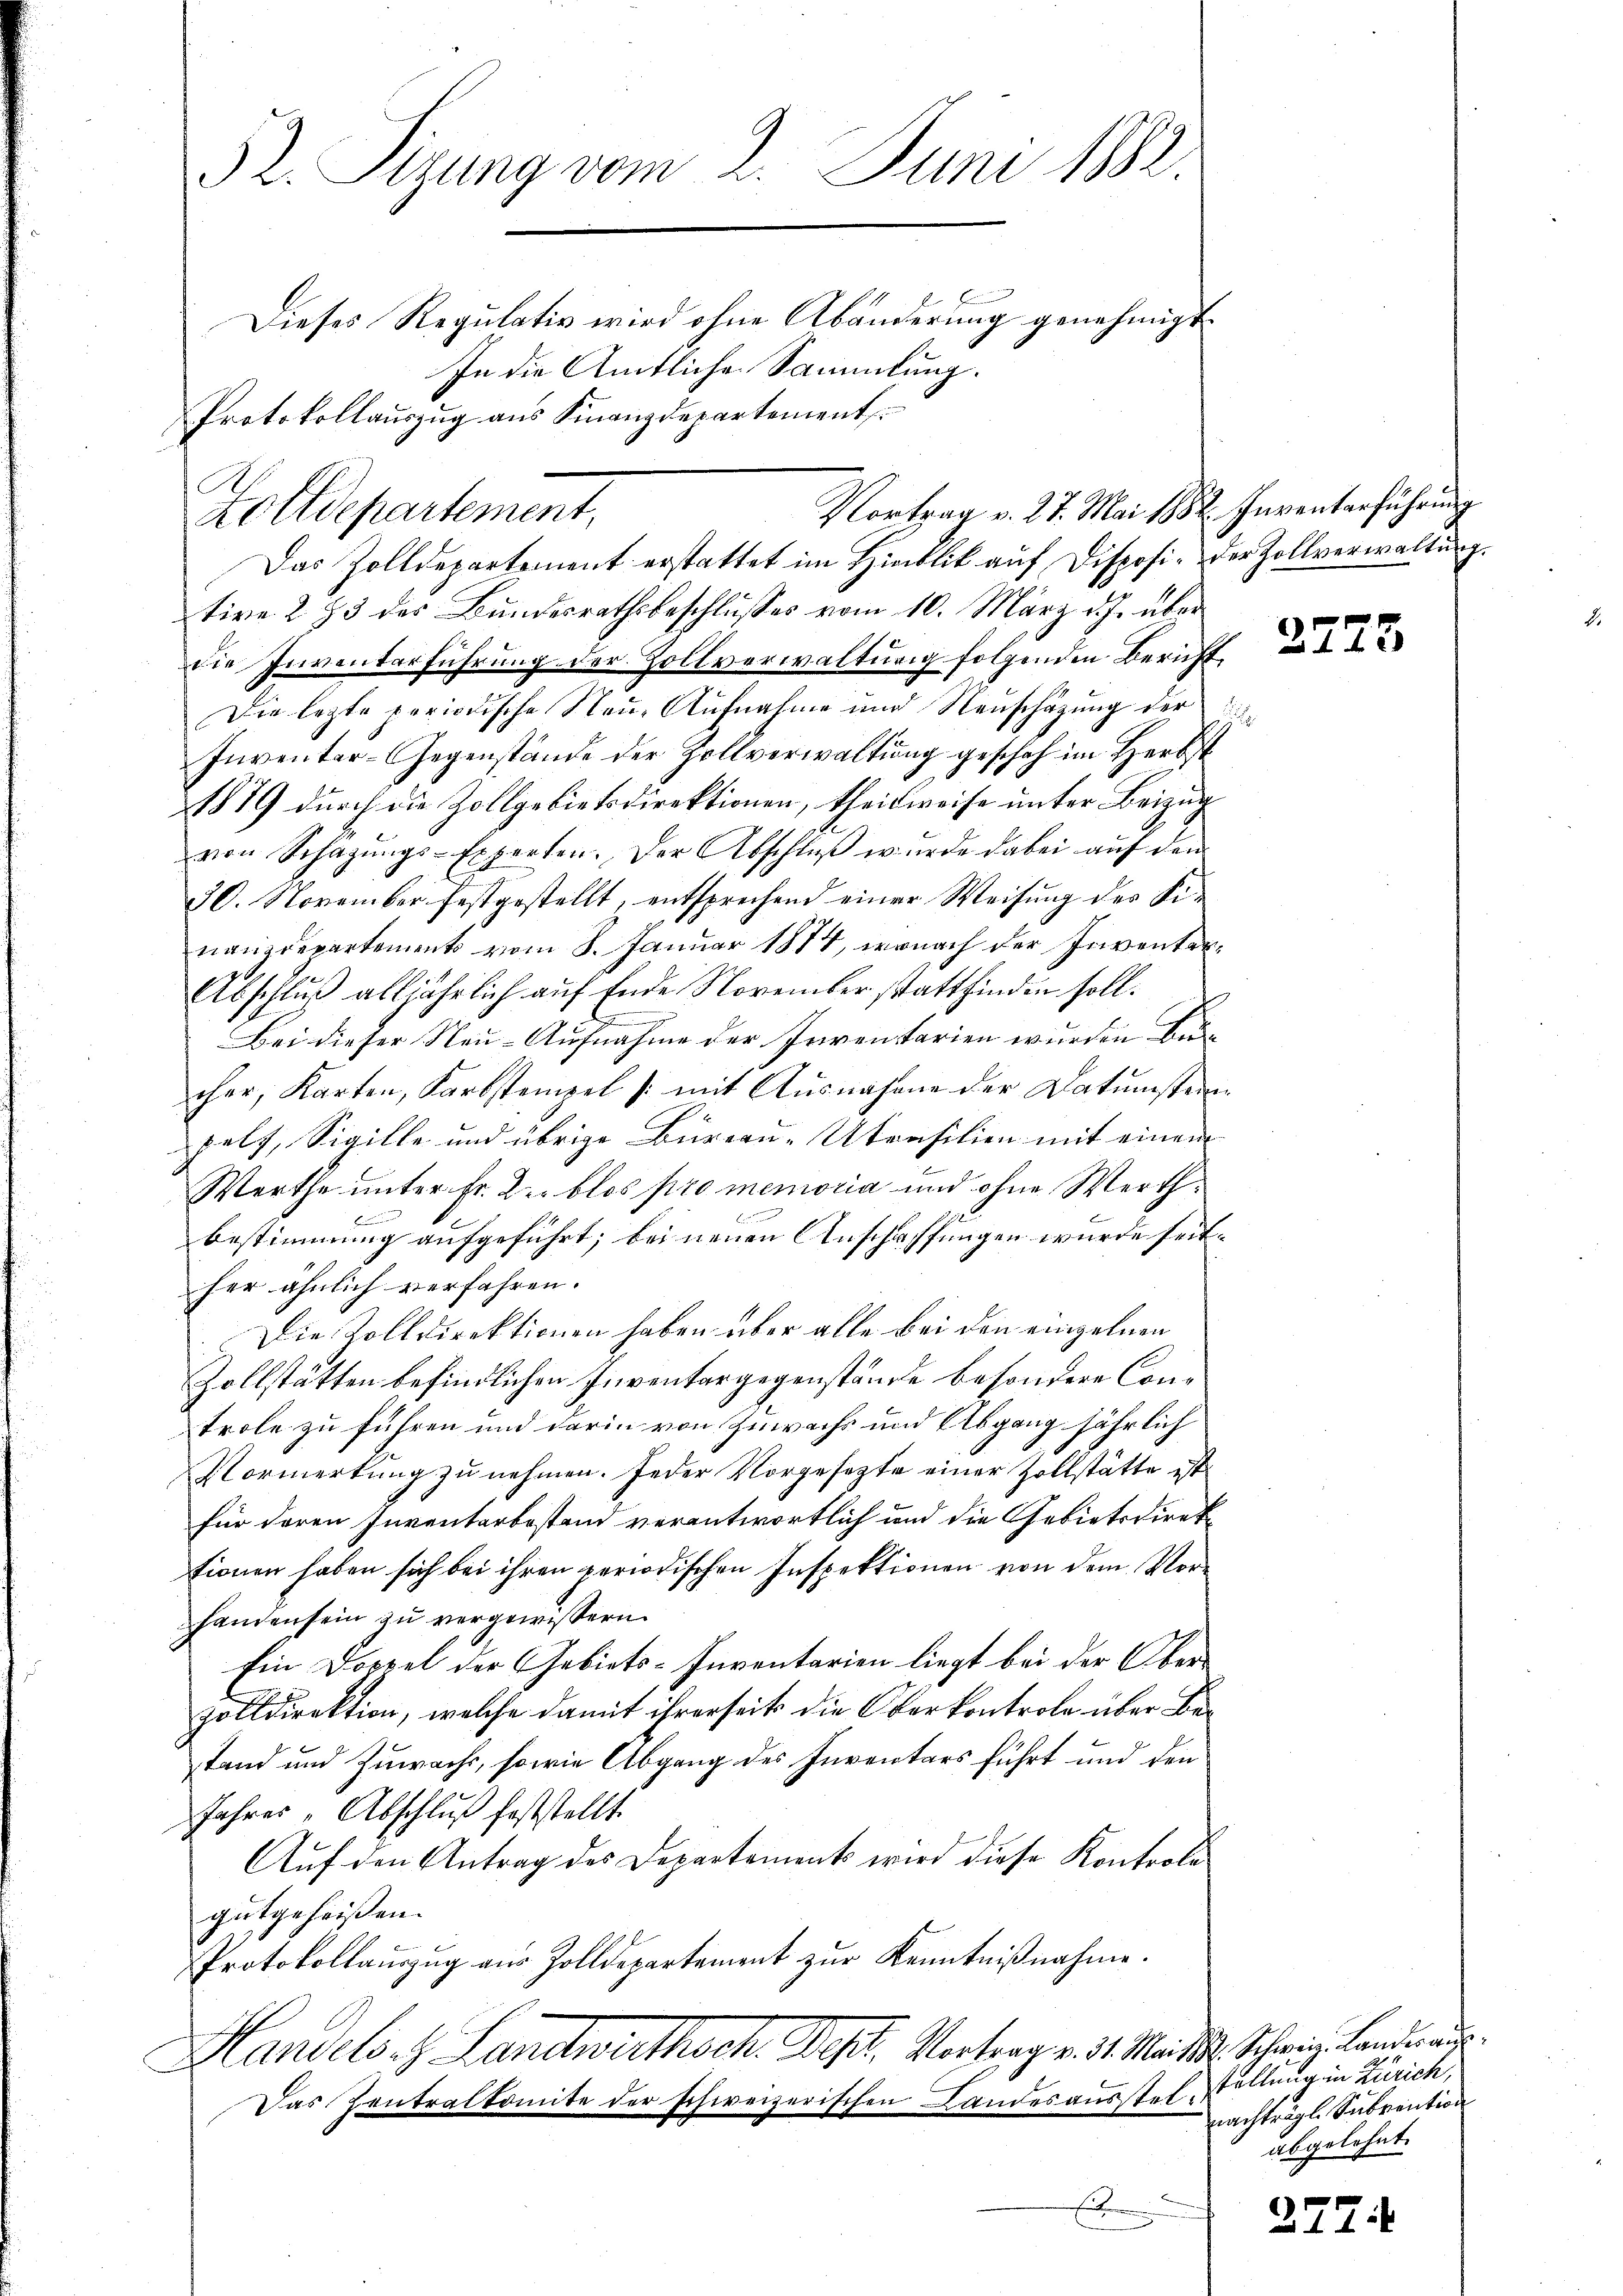
52. Sizung vom 2. Juni 1882.
Dieses Regulativ wird ohne Abänderung genehmigt
In die Amtliche Sammlung.
Protokollaŭszŭg ans Finanzdepartement

Zolldepartement,

Vortrag v. 27. Mai 1882. Inventerführung

Das Zolldepartement erstattet im Hinblik auf Disposi- der Zollverwaltung.
tive 283 des Bŭndesrathsbeschlŭsses vom 10. März d. J. über
die Inventerführung der Zollverwaltung folgenden Bericht
Die lezte periodische Neue Aufnahme und Neuschäzung der
Inventar-Gegenstände der Zollverwaltŭng geschah im Herbst
11879 durch die Zollgebietsdirektionen, theilweise unter Beizug
von Schagŭngs-Experten. Der Abschlŭβ wurde dabei aŭf dem
30. November festgestellt, entsprechend einer Weisung des Finanzdepartements vom 8. Januar 1874, wonach der Inventer¬
Abschluß alljährlich auf Ende November stattfinden soll.
Bei dieser Neu-Aufnahme der Inventarien wurden die
cher, Karten, Karbstempel /: mit Ausnahme der Datumsten
pelz, Sigille und übrige Büreau-Utrasilien mit einem
Werthe unter Fr. Der blos pro memoria und ohne Werthb
Bestimmung aufgeführt; bei neuen Anschaffungen wurde seither ähnlich verfahren.
Die Zolldirektionen haben über alle bei den einzelnen
Zollstätten befindlichen Inventargegenstände besondere Controle zu führen und darin von Zuwachs und Abgang jährlich
Vormerkung zu nehmen. Jeder Vorgesezte einer Zollstätte ist
für deren Inventarbestand verantwortlich und die Gebietsdirektionen haben sich bei ihren periodischen Inspektionen von dem Vorhanden sein zu vergewissern.
Ein Doppel der Gebiets-Inventarien liegt bei der Oberzolldirektion, welche damit ihrerseits die Oberkontrole über Bestand und Zuwachs, sowie Abgang des Inventars führt und den
Jahres-Abschluß feststellt.
Auf den Antrag des Departements wird diese Kontroli
gutgeheißen.
Protokollauszug aus Zolldepartement zur Kenntnißnahme.
Handels. z. Landwirthsch. Depl, Vortrag v. 3. Machter Schweiz. Landra
Das Zentralkomite der schweizerischen Landesausstel¬

2775

tellung in Zürich,
Nachtragl. Subvention
abgelehnt.

277